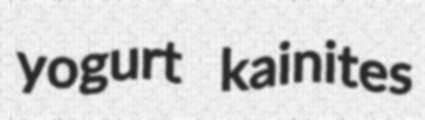
yogurt kainites